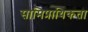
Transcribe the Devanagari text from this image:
सामिप्रायिकता